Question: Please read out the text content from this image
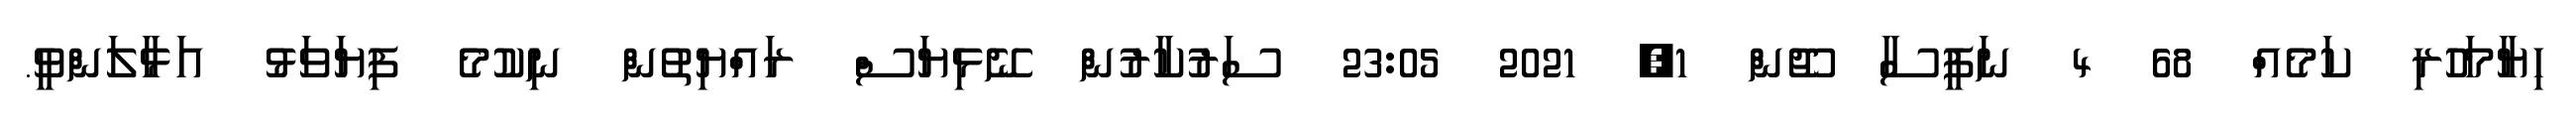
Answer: ހިޔާމަހުރި ކަމެއް 68 4 ނަފީސާ ޖޫން 1, 2021 23:05 ސަރުކާރުން ނޭޅިޔަސް ރައްޔިތުން ނިކުމެ ފިޔަވަޅު އަޅާލަންވީ.